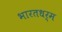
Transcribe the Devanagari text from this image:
भारतधर्म